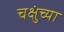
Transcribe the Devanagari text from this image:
चक्षुंच्या